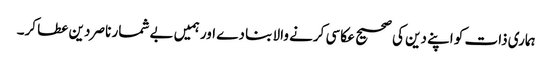
ہماری ذات کو اپنے دین کی صحیح عکاسی کرنے والا بنا دے اور ہمیں بے شمار ناصر دین عطا کر۔